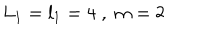
LaTeX: L _ { 1 } = l _ { 1 } = 4 \; , \; m = 2